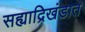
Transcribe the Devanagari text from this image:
सह्याद्रिखंडात